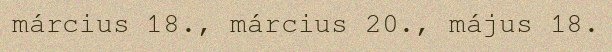
március 18., március 20., május 18.